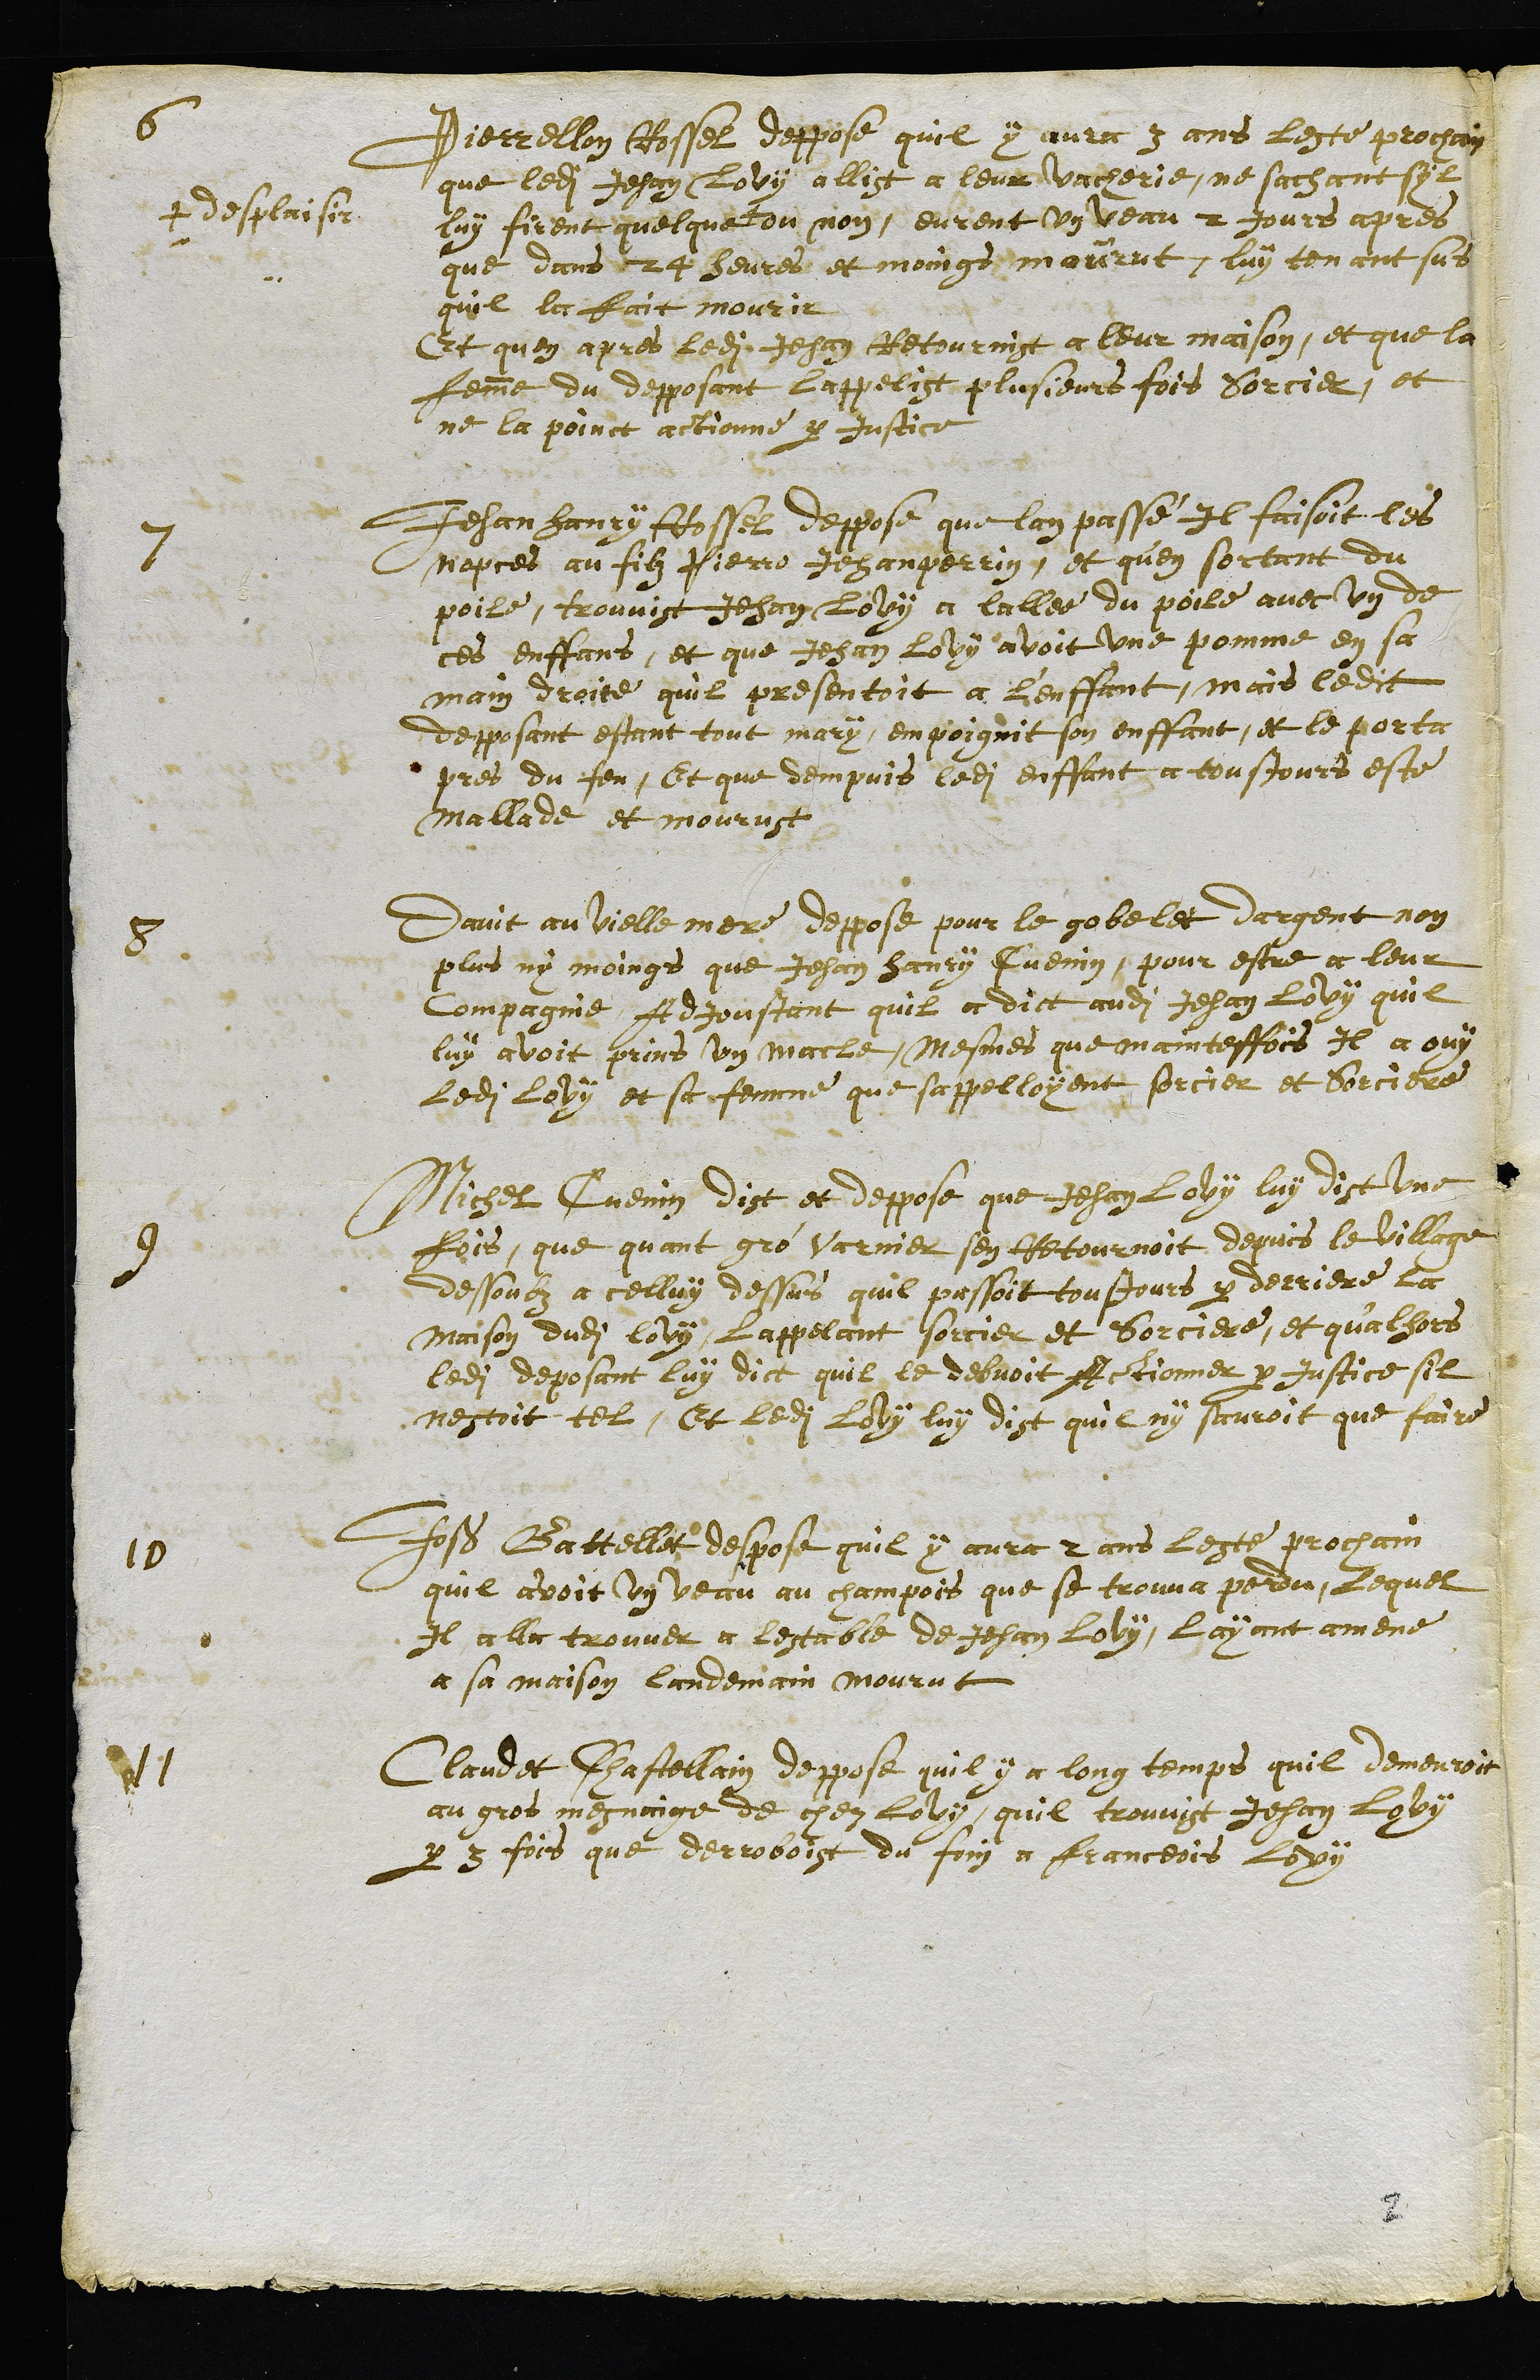
6 Pierrellon Rossel deppose quil y aura 3 ans leste prochain
que ledit Jehan Lovy allist a leur vacherie, ne sachant syl
luy firent quelque
+ desplaisir
ou non, eurent un veau 2 jours apres
que dans 24 heures et moings mourut, luy tenant sus
quil la fait mourir
Et quen apres ledit Jehan Retournist a leur maison, et que la
femme du depposant lappelist plusieurs fois sorcier, et
ne la poinct actionné par Justice
7 Jehan Henry Rossel deppose que lan passé il faisoit les
nopces au filz Pierre Jehan perrin, et qu'en sortant du
poile, trouvist Jehan Lovy a lallee du poile avec un de
ces enffans, et que Jehan Lovy avoit une pomme en sa
main droite quil presentoit a L'enffant, mais ledit
depposant estant tout mary, empoignit son enffant, et le porta
pres du feu, Et que dempuis ledit enffant a tousjours esté
mallade et mourust
8. Davit au vielle mere deppose pour le gobelet dargent non
plus ny moings que Jehan Henry Cuenin, pour estre a leur
Compagnie, Adjoustant quil a dict audit Jehan Lovy quil
luy avoit prins un macle, mesmes que mainteffois Il a ouy
ledit Lovy et sa femme que sappelloyent sorcier et Sorciere
9 Michel Cuenin dist et deppose que Jehan Lovy luy dist une
fois, que quant gro Varnier sen Retournoit depuis le village
dessoubz a celluy dessus quil passoit tousjours par derriere la
maison dudit lovy, l'appellant sorcier et Sorciere, et qu'alhors
ledit deposant luy dict quil le debvoit Actionner par Justice sil
nestoit tel, Et Ledit Lovy luy dist qui ny sauroit que faire
10 Joß Battellet despose quil y aura 2 ans Leste prochain
quil avoit un veau au champois que se trouva perdu, Lequel
Il alla trouver a Lestable de Jehan Lovy, Layant amené
a sa maison landemain mourut
11 Claudet Chastellain deppose quil y a long temps quil demeuroit
au gros mesnaige de chez Lovy, quil trouvist Jehan Lovy
par 3 fois que derroboist du foin a Franceois Lovy
2